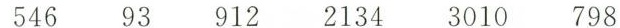
546 93 912 2134 3010 798